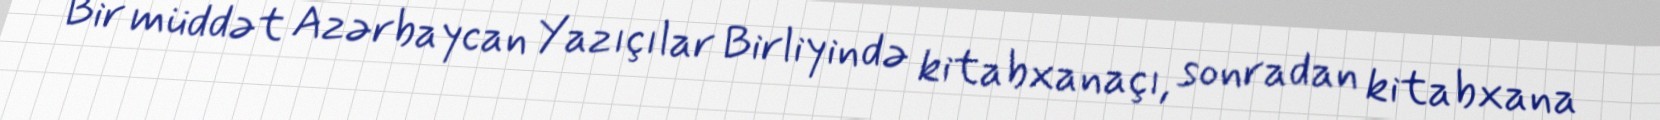
Bir müddət Azərbaycan Yazıçılar Birliyində kitabxanaçı, sonradan kitabxana